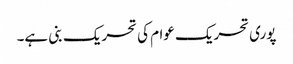
پوری تحریک عوام کی تحریک بنی ہے۔